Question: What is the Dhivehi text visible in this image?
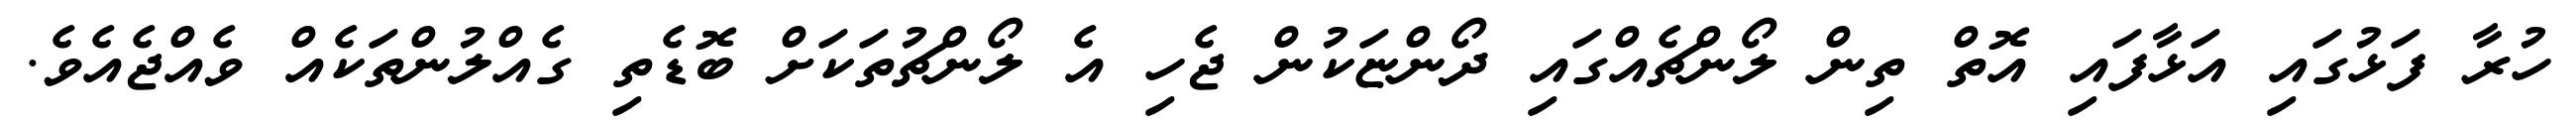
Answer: ހުރާ ފަޅުގައި އަޅާފައި އޮތް ތިން ލޯންޗެއްގައި ދޯންޏަކުން ޖެހި އެ ލޯންޗުތަކަށް ބޮޑެތި ގެއްލުންތަކެއް ވެއްޖެއެވެ.